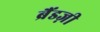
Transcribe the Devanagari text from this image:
ब्रैंडज़ी